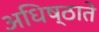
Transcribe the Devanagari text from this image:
अधिष्ठाते